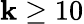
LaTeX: \mathbf{k}\geq10